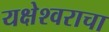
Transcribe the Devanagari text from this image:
यक्षेश्वराचा